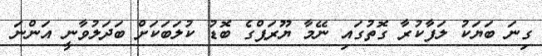
ގިނަ ބަޔަކު ލަފާކުރާ ގޮތުގައި ނޭމާ ޔޫރަޕްގެ ބޮޑު ކުލަބަކަށް ބަދަލުވާނީ އަންނަ